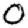
Digit: 0